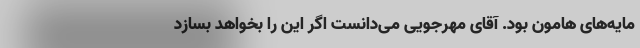
مایه‌های هامون بود. آقای مهرجویی می‌دانست اگر این را بخواهد بسازد